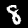
Digit: 8